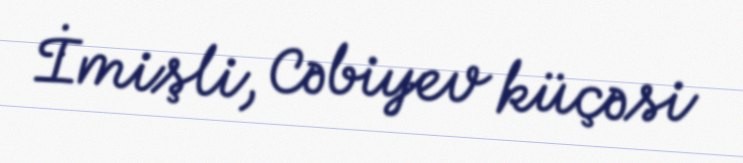
İmişli, Cəbiyev küçəsi